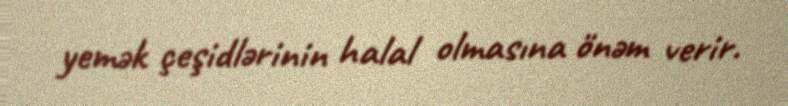
yemək çeşidlərinin halal olmasına önəm verir.